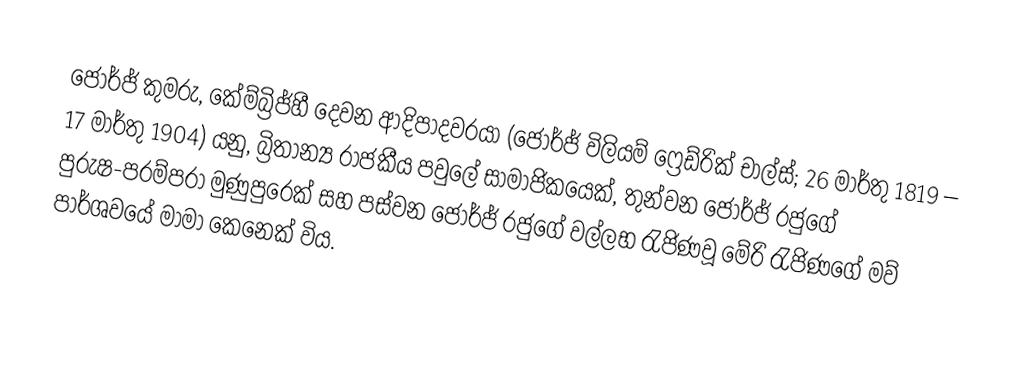
ජෝර්ජ් කුමරු, කේම්බ්‍රිජ්හී දෙවන ආදිපාදවරයා  (ජෝර්ජ් විලියම් ෆ්‍රෙඩ්රික් චාල්ස්; 26 මාර්තු 1819 – 17 මාර්තු 1904) යනු,  බ්‍රිතාන්‍ය රාජකීය පවුලේ සාමාජිකයෙක්, තුන්වන ජෝර්ජ් රජුගේ පුරුෂ-පරම්පරා මුණුපුරෙක් සහ පස්වන ජෝර්ජ් රජුගේ වල්ලභ රැජිණවූ මේරි රැජිණගේ මව් පාර්ශවයේ මාමා කෙනෙක් විය.